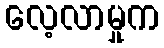
လေ့လာမှုက